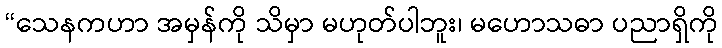
“သေနကဟာ အမှန်ကို သိမှာ မဟုတ်ပါဘူး၊ မဟောသဓာ ပညာရှိကို